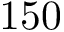
1 5 0